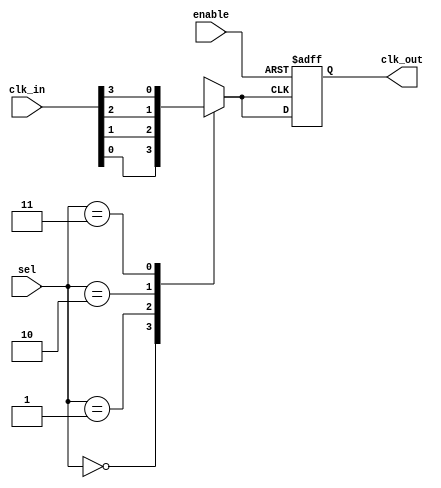
module ClockMultiplexerBuffer #(
    parameter NUM_CLOCKS = 4 // Number of clock inputs
)(
    input wire [NUM_CLOCKS-1:0] clk_in, // Multiple clock inputs
    input wire [1:0] sel,               // Selection input (2 bits for 4 clocks)
    input wire enable,                   // Enable signal
    output reg clk_out                   // Output clock
);

    // Internal signal to hold the selected clock
    reg selected_clk;

    always @(*) begin
        // Select the clock based on the sel input
        case (sel)
            2'b00: selected_clk = clk_in[0];
            2'b01: selected_clk = clk_in[1];
            2'b10: selected_clk = clk_in[2];
            2'b11: selected_clk = clk_in[3];
            default: selected_clk = 1'b0; // Default case (should not occur)
        endcase
    end

    // Output clock logic
    always @(posedge selected_clk or negedge enable) begin
        if (!enable) begin
            clk_out <= 1'b0; // Hold clk_out low when disabled
        end else begin
            clk_out <= selected_clk; // Pass the selected clock to clk_out
        end
    end

endmodule